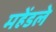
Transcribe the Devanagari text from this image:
महेंडले